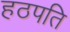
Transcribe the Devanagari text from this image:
हठपति